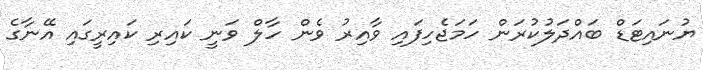
ޔުނައިޓަޑް ބައްދަލުކުރަން ހަމަޖެހިފައި ވާއިރު ވެން ހާލް ވަނީ ކައިރި ކައިރީގައި އޭނާގެ